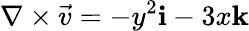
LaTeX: \nabla\times{\vec{v}}=-y^{2}\mathbf{i}-3x\mathbf{k}